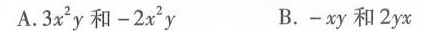
A.3x^{2}y和-2x^{2}y B.-xy和2yx